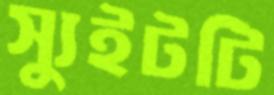
স্যুইটটি